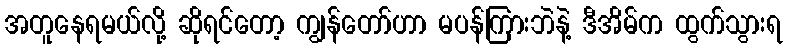
အတူနေရမယ်လို့ ဆိုရင်တော့ ကျွန်တော်ဟာ မပန်ကြားဘဲနဲ့ ဒီအိမ်က ထွက်သွားရ